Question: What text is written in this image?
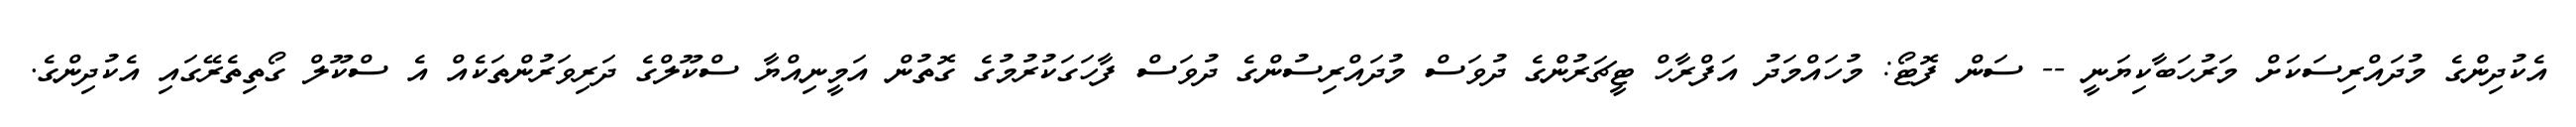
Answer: އެކުދިންގެ މުދައްރިސަކަށް މަރުހަބާކިޔަނީ -- ސަން ފޮޓޯ: މުހައްމަދު އަފްރާހް ޓީޗަރުންގެ ދުވަސް މުދައްރިސުންގެ ދުވަސް ފާހަގަކުރުމުގެ ގޮތުން އަމީނިއްޔާ ސްކޫލްގެ ދަރިވަރުންތަކެއް އެ ސްކޫލް ގޯތިތެރޭގައި އެކުދިންގެ.